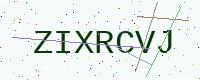
Text: ZIXRCVJ